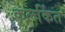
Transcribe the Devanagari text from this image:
कलकिंत